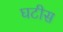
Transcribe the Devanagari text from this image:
घटीस